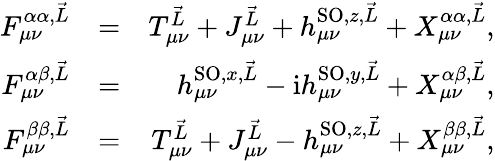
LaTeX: \begin{array}{rlr}{F_{\mu\nu}^{\alpha\alpha,\vec{L}}}&{=}&{T_{\mu\nu}^{\vec{L}}+J_{\mu\nu}^{\vec{L}}+h_{\mu\nu}^{\textrm{SO},z,\vec{L}}+X_{\mu\nu}^{\alpha\alpha,\vec{L}},}\\ {F_{\mu\nu}^{\alpha\beta,\vec{L}}}&{=}&{h_{\mu\nu}^{\textrm{SO},x,\vec{L}}-\mathrm{i}h_{\mu\nu}^{\textrm{SO},y,\vec{L}}+X_{\mu\nu}^{\alpha\beta,\vec{L}},}\\ {F_{\mu\nu}^{\beta\beta,\vec{L}}}&{=}&{T_{\mu\nu}^{\vec{L}}+J_{\mu\nu}^{\vec{L}}-h_{\mu\nu}^{\textrm{SO},z,\vec{L}}+X_{\mu\nu}^{\beta\beta,\vec{L}},}\end{array}